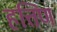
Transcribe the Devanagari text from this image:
हत्तिण